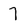
Character: 7